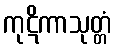
ကုဋိကာသုတ္တံ